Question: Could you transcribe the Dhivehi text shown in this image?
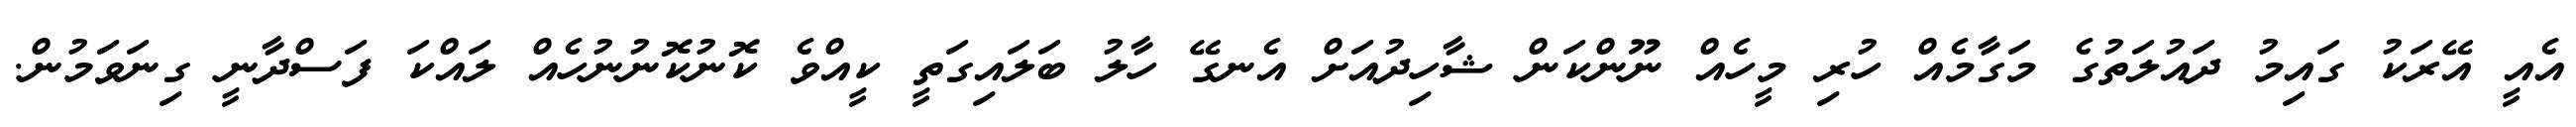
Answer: އެއީ އޭރަކު ގައިމު ދައުލަތުގެ މަގާމެއް ހުރި މީހެއް ނޫންކަން ޝާހިދުއަށް އެނގޭ ހާލު ބަލައިގަތީ ކީއްވެ ކޮނުކޮނުނުހެއް ލައްކަ ފަސްދާނީ ގިނަވަމުން.